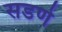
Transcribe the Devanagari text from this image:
सडणे